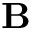
\textbf { B }